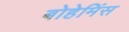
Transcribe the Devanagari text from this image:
बोहेमिंस